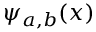
\psi _ { a , b } ( x )